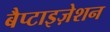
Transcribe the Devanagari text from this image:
बैप्टाइज़ेशन